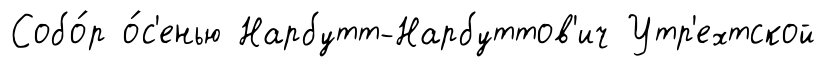
Собо́р о́с'енью Нарбутт-Нарбуттов'ич Утр'ехтской